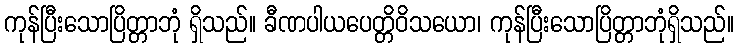
ကုန်ပြီးသောပြိတ္တာဘုံ ရှိသည်။ ခီဏပါယပေတ္တိဝိသယော၊ ကုန်ပြီးသောပြိတ္တာဘုံရှိသည်။